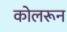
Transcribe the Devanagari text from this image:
कोलरून